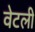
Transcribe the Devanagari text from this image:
वेटली